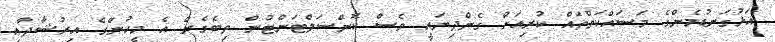
އަޅުގަނޑުމެންގެ މަސައްކަތްތައް ކުރިއަށް ގެންދިޔައީ ވެސް ކޮންސަލްޓަންޓުން ތިބެގެން އެ މީހުންގެ އިރުޝާދާއި